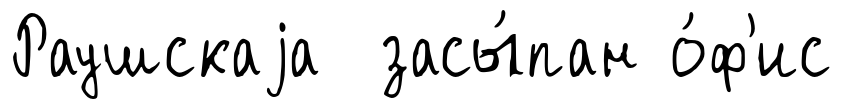
Раушскаjа засы́пан о́ф'ис